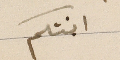
ابنتكم